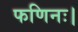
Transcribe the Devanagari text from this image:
फणिनः।